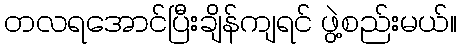
တလရအောင်ပြီးချိန်ကျရင် ဖွဲ့စည်းမယ်။